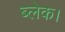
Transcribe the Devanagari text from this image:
ब्लेक।